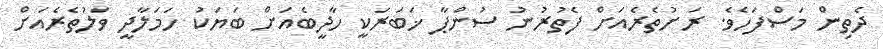
ދެތިން މަސްފަހެވެ. ރަށުތެރެއަށް ފެތުރުނު ސުންޕާ ޚަބަރަކީ ހާދީބެއަށް ބަޔަކު ހަމަލާދީ ވަލުތެރެއަށް